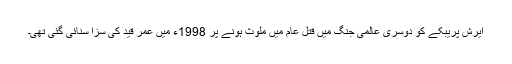
ایرش پریبکے کو دوسری عالمی جنگ میں قتل عام میں ملوث ہونے پر 1998ء میں عمر قید کی سزا سنائی گئی تھی۔